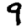
Digit: 9